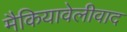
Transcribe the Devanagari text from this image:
मैकियावेलीवाद